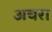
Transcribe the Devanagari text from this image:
अचरा